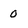
Character: 0